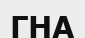
ГНА